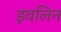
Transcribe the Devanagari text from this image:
इवलिन